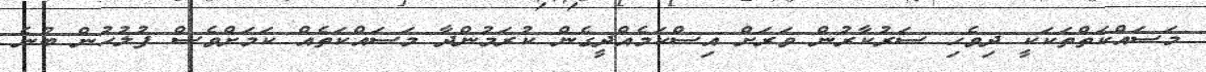
މަސައްކަތްތަކަކީ ދިވެހި ސަރުކާރުން ވަރަށް އިސްކަމެއްދީގެން ކުރަމުންދާ މަސައްކަތެއް ކަމަށްވެސް ފުލުހުން ބުނެ